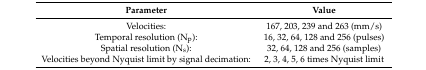
<table><thead><tr><td><b>Parameter</b></td><td><b>Value</b></td></tr></thead><tbody><tr><td>Velocities:</td><td>167, 203, 239 and 263 (mm/s)</td></tr><tr><td>Temporal resolution (N<sub>p</sub>):</td><td>16, 32, 64, 128 and 256 (pulses)</td></tr><tr><td>Spatial resolution (N<sub>s</sub>):</td><td>32, 64, 128 and 256 (samples)</td></tr><tr><td>Velocities beyond Nyquist limit by signal decimation:</td><td>2, 3, 4, 5, 6 times Nyquist limit</td></tr></tbody></table>